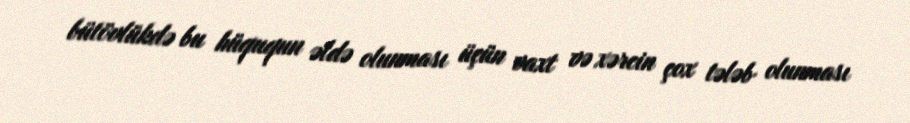
bütövlükdə bu hüququn əldə olunması üçün vaxt və xərcin çox tələb olunması